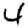
Digit: 4